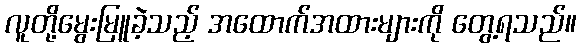
လူတို့မွေးမြူခဲ့သည့် အထောက်အထားများကို တွေ့ရသည်။